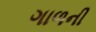
ગાળની